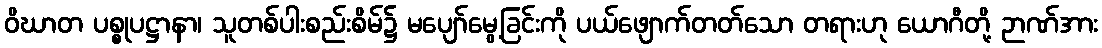
ဝိဃာတ ပစ္စုပဋ္ဌာနာ၊ သူတစ်ပါးစည်းစိမ်၌ မပျော်မွေ့ခြင်းကို ပယ်ဖျောက်တတ်သော တရားဟု ယောဂီတို့ ဉာဏ်အား